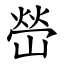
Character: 嵤